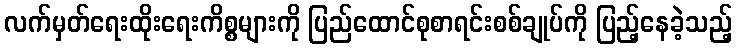
လက်မှတ်ရေးထိုးရေးကိစ္စများကို ပြည်ထောင်စုစာရင်းစစ်ချုပ်ကို ပြည့်နေခဲ့သည့်